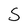
Character: S